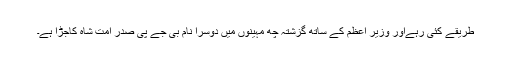
طریقے کئی رہےاور وزیر اعظم کے ساتھ گزشتہ چھ مہینوں میں دوسرا نام بی جے پی صدر امت شاہ کاجڑا ہے۔